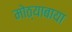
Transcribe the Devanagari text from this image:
मोठ्याबाया